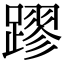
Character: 蹘